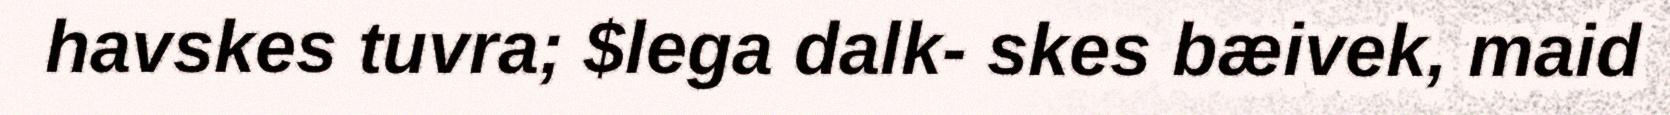
havskes tuvra; $lega dalk- skes bæivek, maid